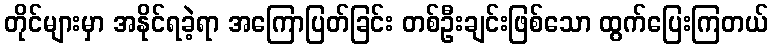
တိုင်များမှာ အနိုင်ရခဲ့ရာ အကြောပြတ်ခြင်း တစ်ဦးချင်းဖြစ်သော ထွက်ပြေးကြတယ်